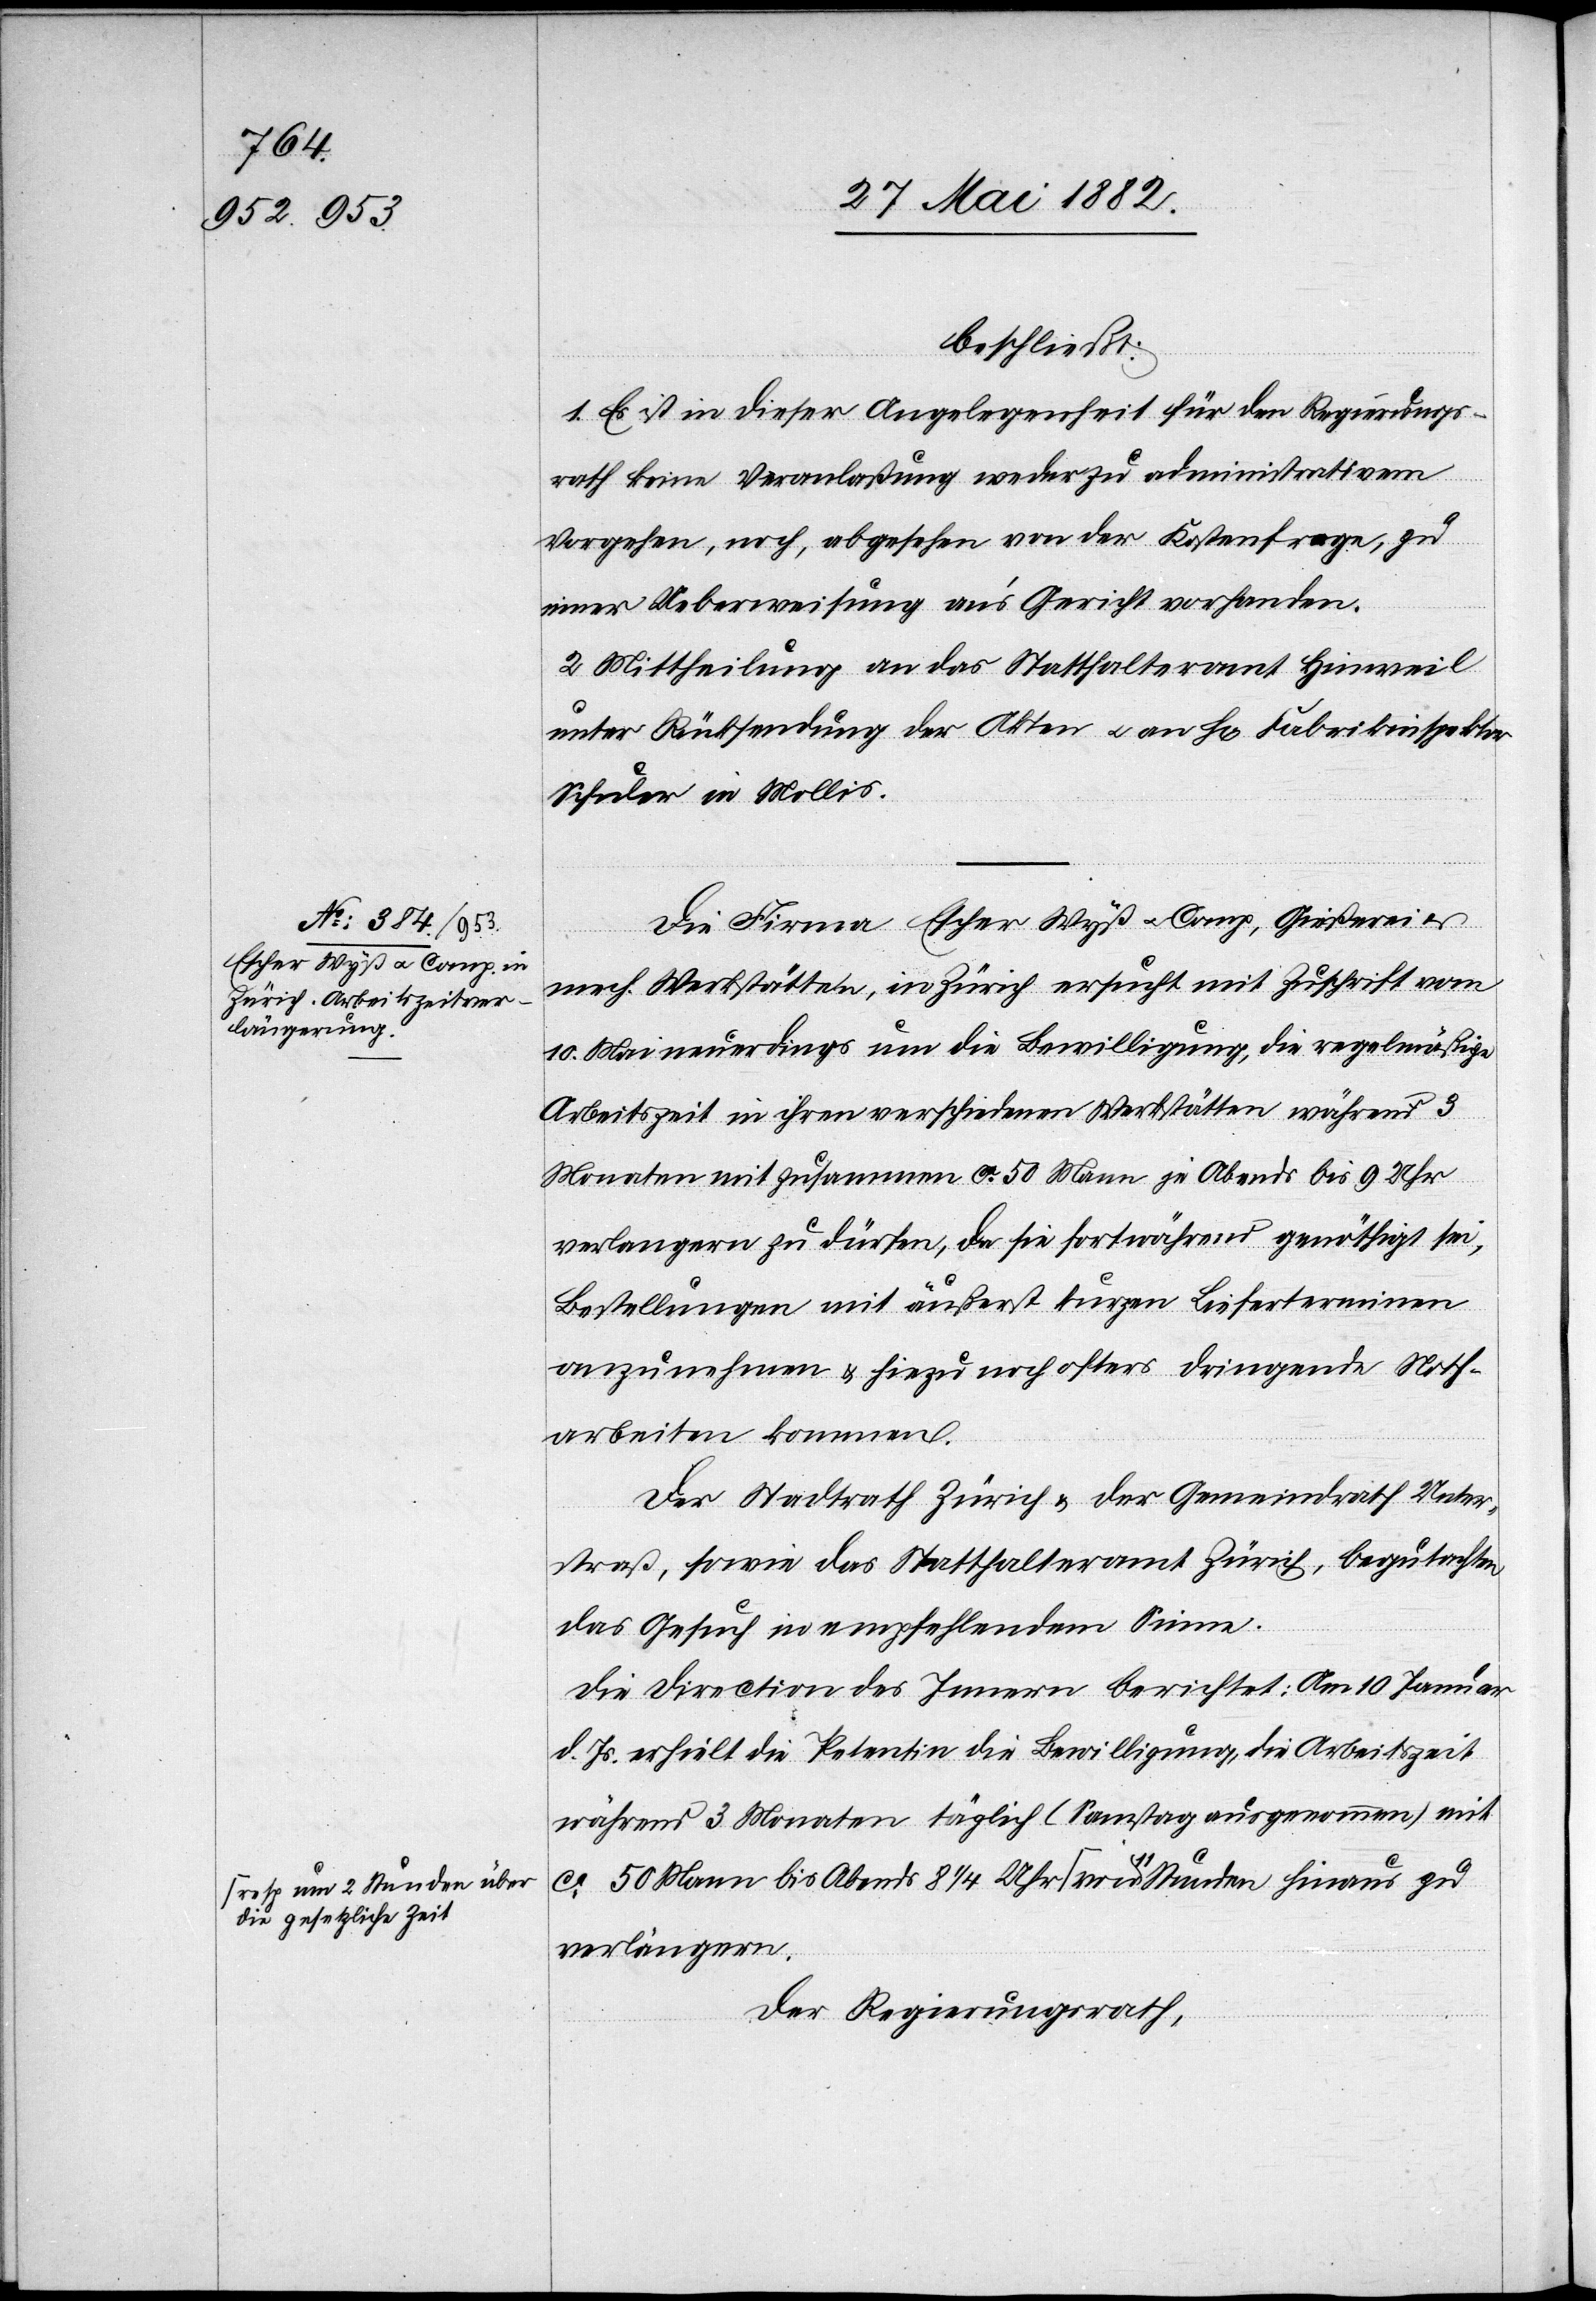
die gesetzliche Zeit-a

beschließt:
1. Es ist in dieser Angelegenheit für den Regierungs¬
rath keine Veranlaßung weder zu administrativem
Vorgehen, noch, abgesehen von der Kostenfrage, zu
einer Ueberweisung an’s Gericht vorhanden.
2. Mittheilung an das Statthalteramt Hinweil
unter Rücksendung der Akten u. an H[rn]. Fabrikinspektor
Schuler in Mollis.
Die Firma Escher Wyß u. Comp., Gießerei
mech. Werkstätte, in Zürich ersucht mit Zuschrift vom
10. Mai neuerdings um die Bewilligung, die regelmäßige
Arbeitszeit in ihren verschiedenen Werkstätten während 3
Monaten mit zusammen ca 50 Mann je Abends bis 9 Uhr
verlängern zu dürfen, da sie fortwährend genöthigt sei,
Bestellungen mit äußerst kurzen Lieferterminen
anzunehmen & hiezu noch öfters dringende Noth¬
arbeiten kommen.
Der Stadtrath Zürich & der Gemeindrath Unter¬
straß, sowie das Statthalteramt Zürich, begutachten
das Gesuch in empfehlendem Sinne.
Die Direction des Innern berichtet: Am 10. Januar
d. Js. erhielt die Petentin die Bewilligung, die Arbeitszeit
während 3 Monaten täglich (Samstag ausgenommen) mit
ca 50 Mann bis Abends 8 1/4 Uhr a-resp. um 2 Stunden über
verlängern.
Der Regierungsrath,